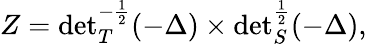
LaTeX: Z={\operatorname*{det}}_{T}^{-\frac 12}(-\Delta)\times{\operatorname*{det}}_{S}^{\frac 12}(-\Delta),